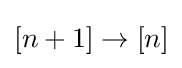
[n+1]\to [n]